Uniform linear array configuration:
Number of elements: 32
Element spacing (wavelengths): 1
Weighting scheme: binomial
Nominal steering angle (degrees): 15
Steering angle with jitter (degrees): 13.579
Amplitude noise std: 0.05
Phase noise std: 0.05

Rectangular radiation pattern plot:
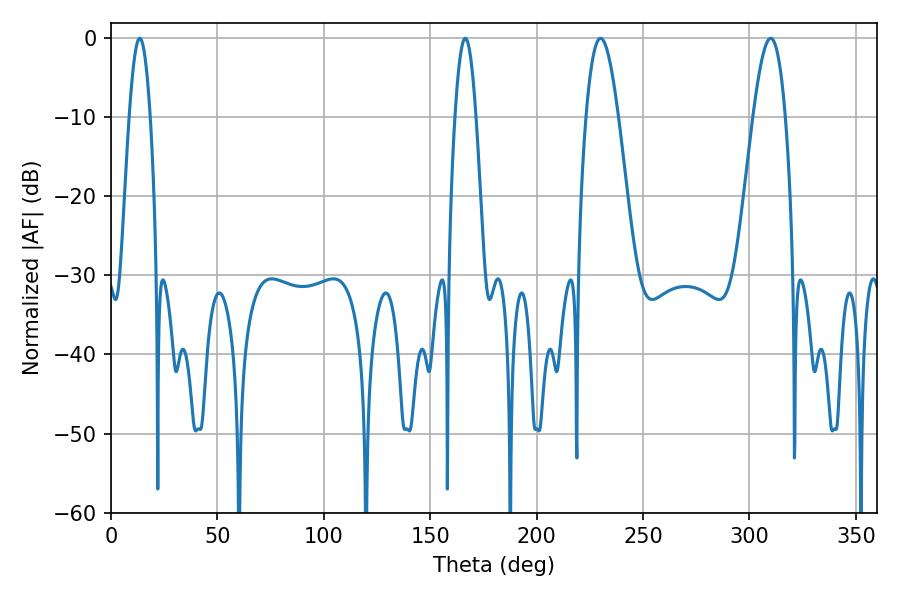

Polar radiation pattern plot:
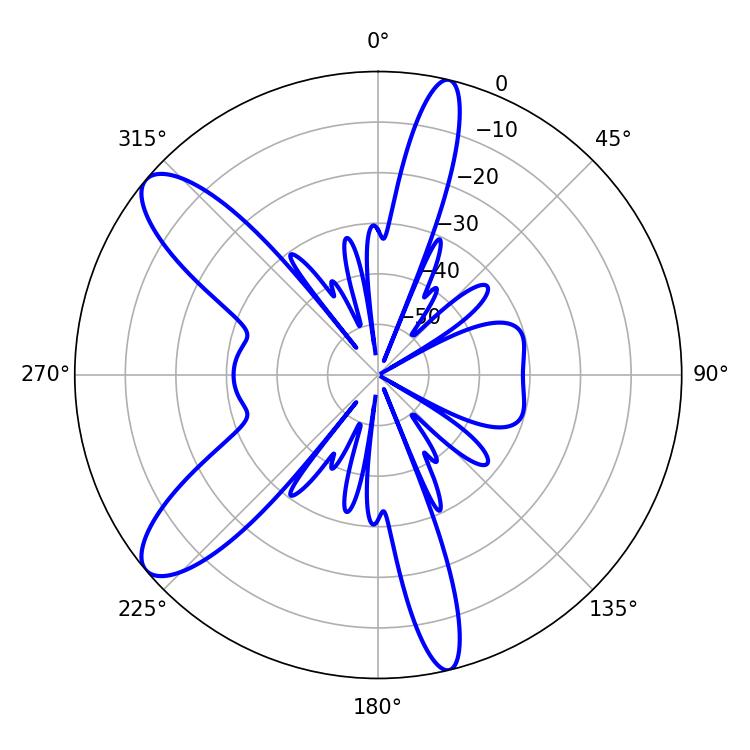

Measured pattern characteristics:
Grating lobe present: TRUE
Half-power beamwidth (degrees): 8.28
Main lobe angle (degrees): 230.04